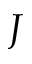
J